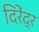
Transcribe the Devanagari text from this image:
दिरेंद्र